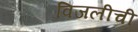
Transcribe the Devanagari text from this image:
विजलीची